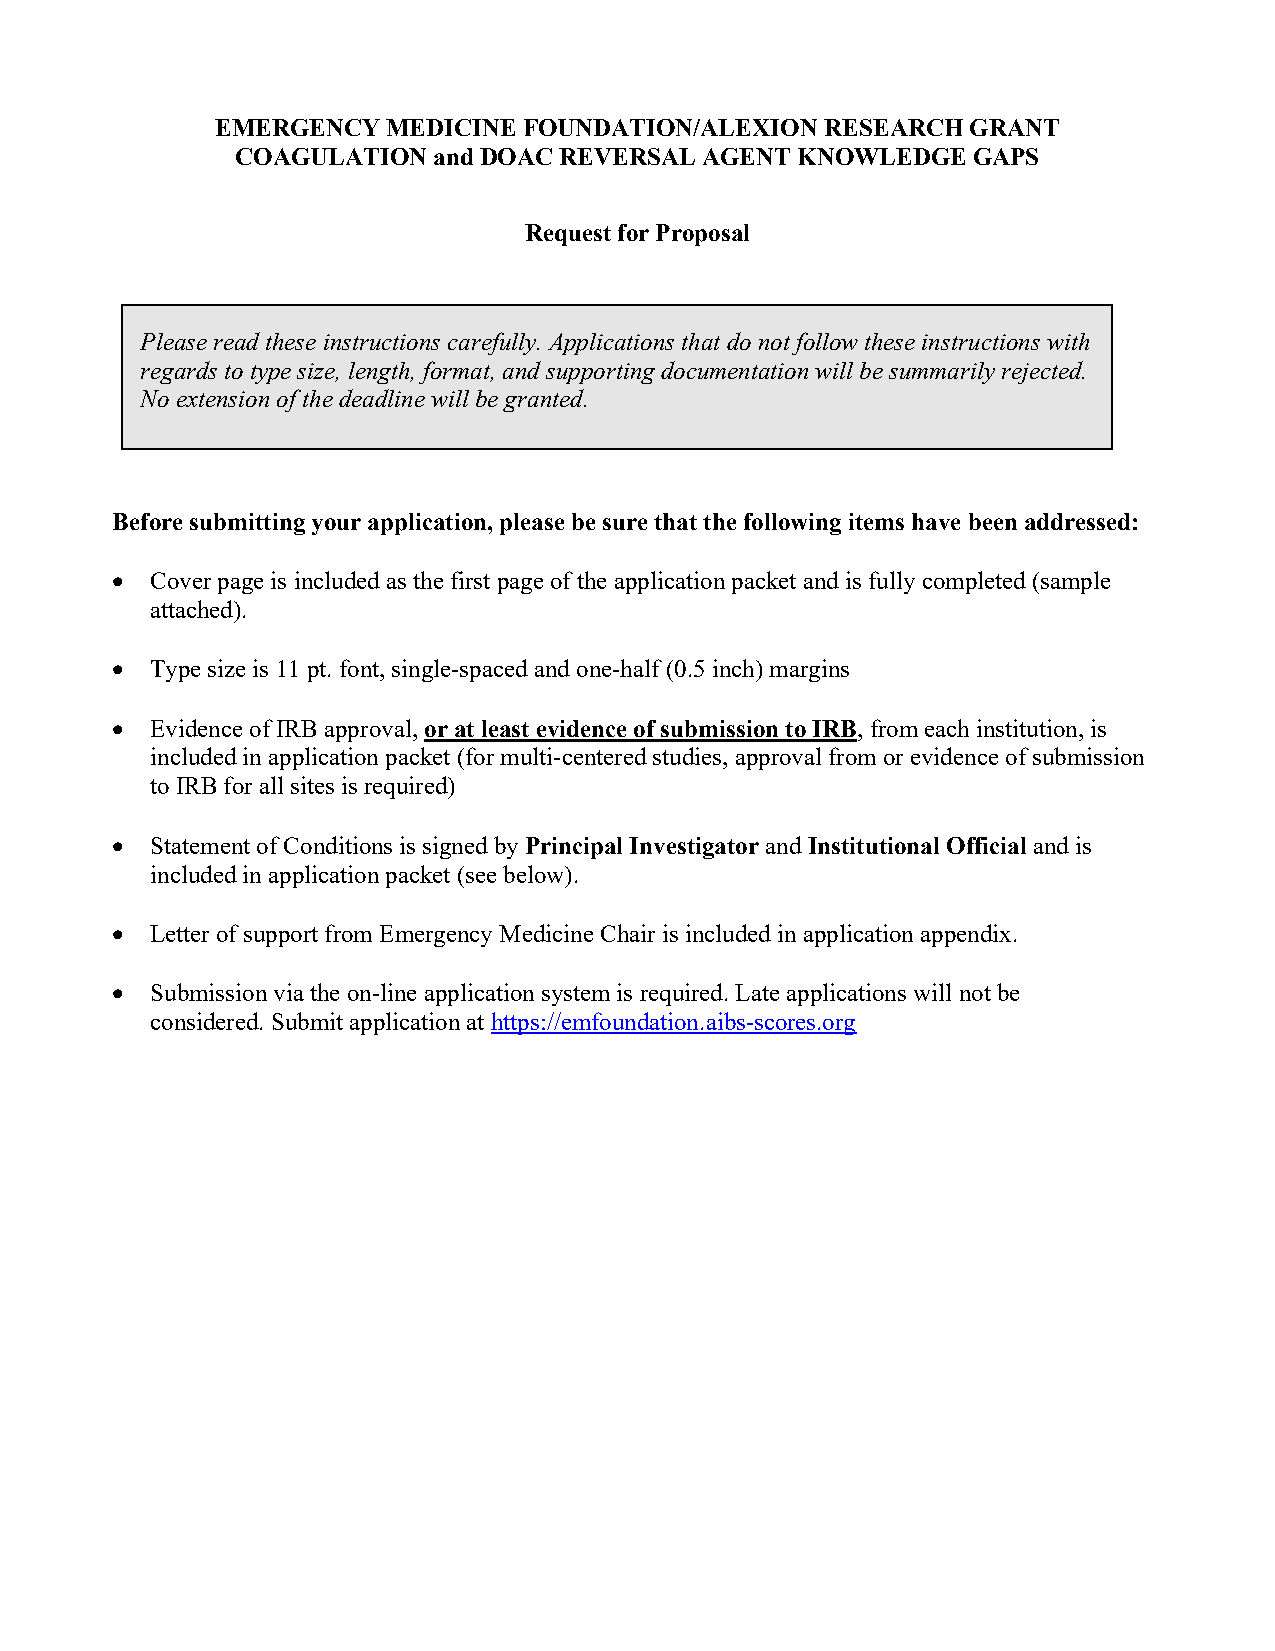
EMERGENCY   MEDICINE FOUNDATION/ALEXION  RESEARCH GRANT
 COAGULATION  and DOAC REVERSAL AGENT KNOWLEDGE  GAPS
 Request for Proposal
 Please read these instructions carefully. Applications that do not follow these instructions with
 regards to type size, length, format, and supporting documentation will be summarily rejected.
 No extension of the deadline will be granted.
 Before submitting your application, please be sure that the following items have been addressed:
 •  Cover page is included as the first page of the application packet and is fully completed (sample
 attached).
 •  Type size is 11 pt. font, single-spaced and one-half (0.5 inch) margins
 •  Evidence of IRB approval, or at least evidence of submission to IRB, from each institution, is
 included in application packet (for multi-centered studies, approval from or evidence of submission
 to IRB for all sites is required)
 •  Statement of Conditions is signed by Principal Investigator and Institutional Official and is
 included in application packet (see below).
 •  Letter of support from Emergency Medicine Chair is included in application appendix.
 •  Submission via the on-line application system is required. Late applications will not be
 considered. Submit application at https://emfoundation.aibs-scores.org